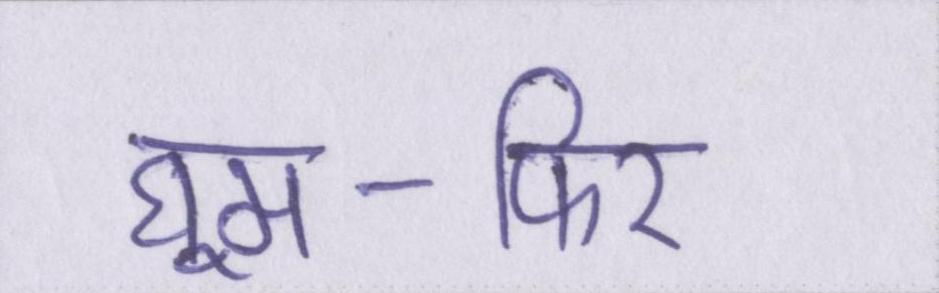
घूम-फिर